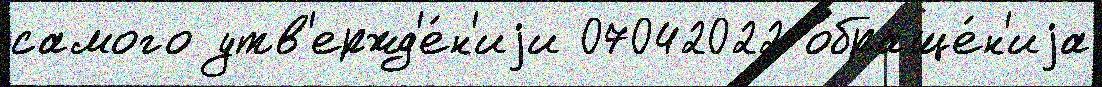
самого утв'ержд'е́н'иjи 07042022 обраще́н'иjа